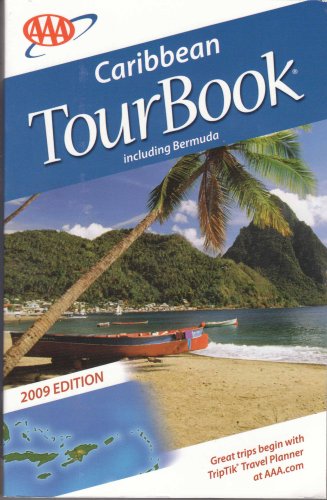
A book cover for AAA Caribbean Tour Book, Including Bermuda, 2009 Edition; AAA; Travel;